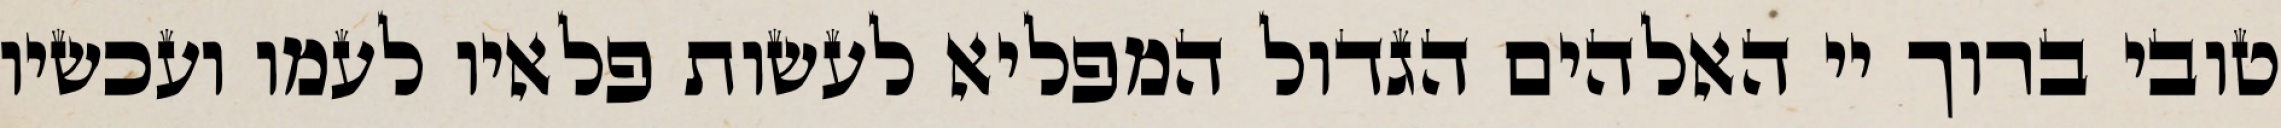
טובי ברוך יי האלהים הגדול המפליא לעשות פלאיו לעמו ועכשיו